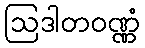
ဩဒါတဝဏ္ဏံ